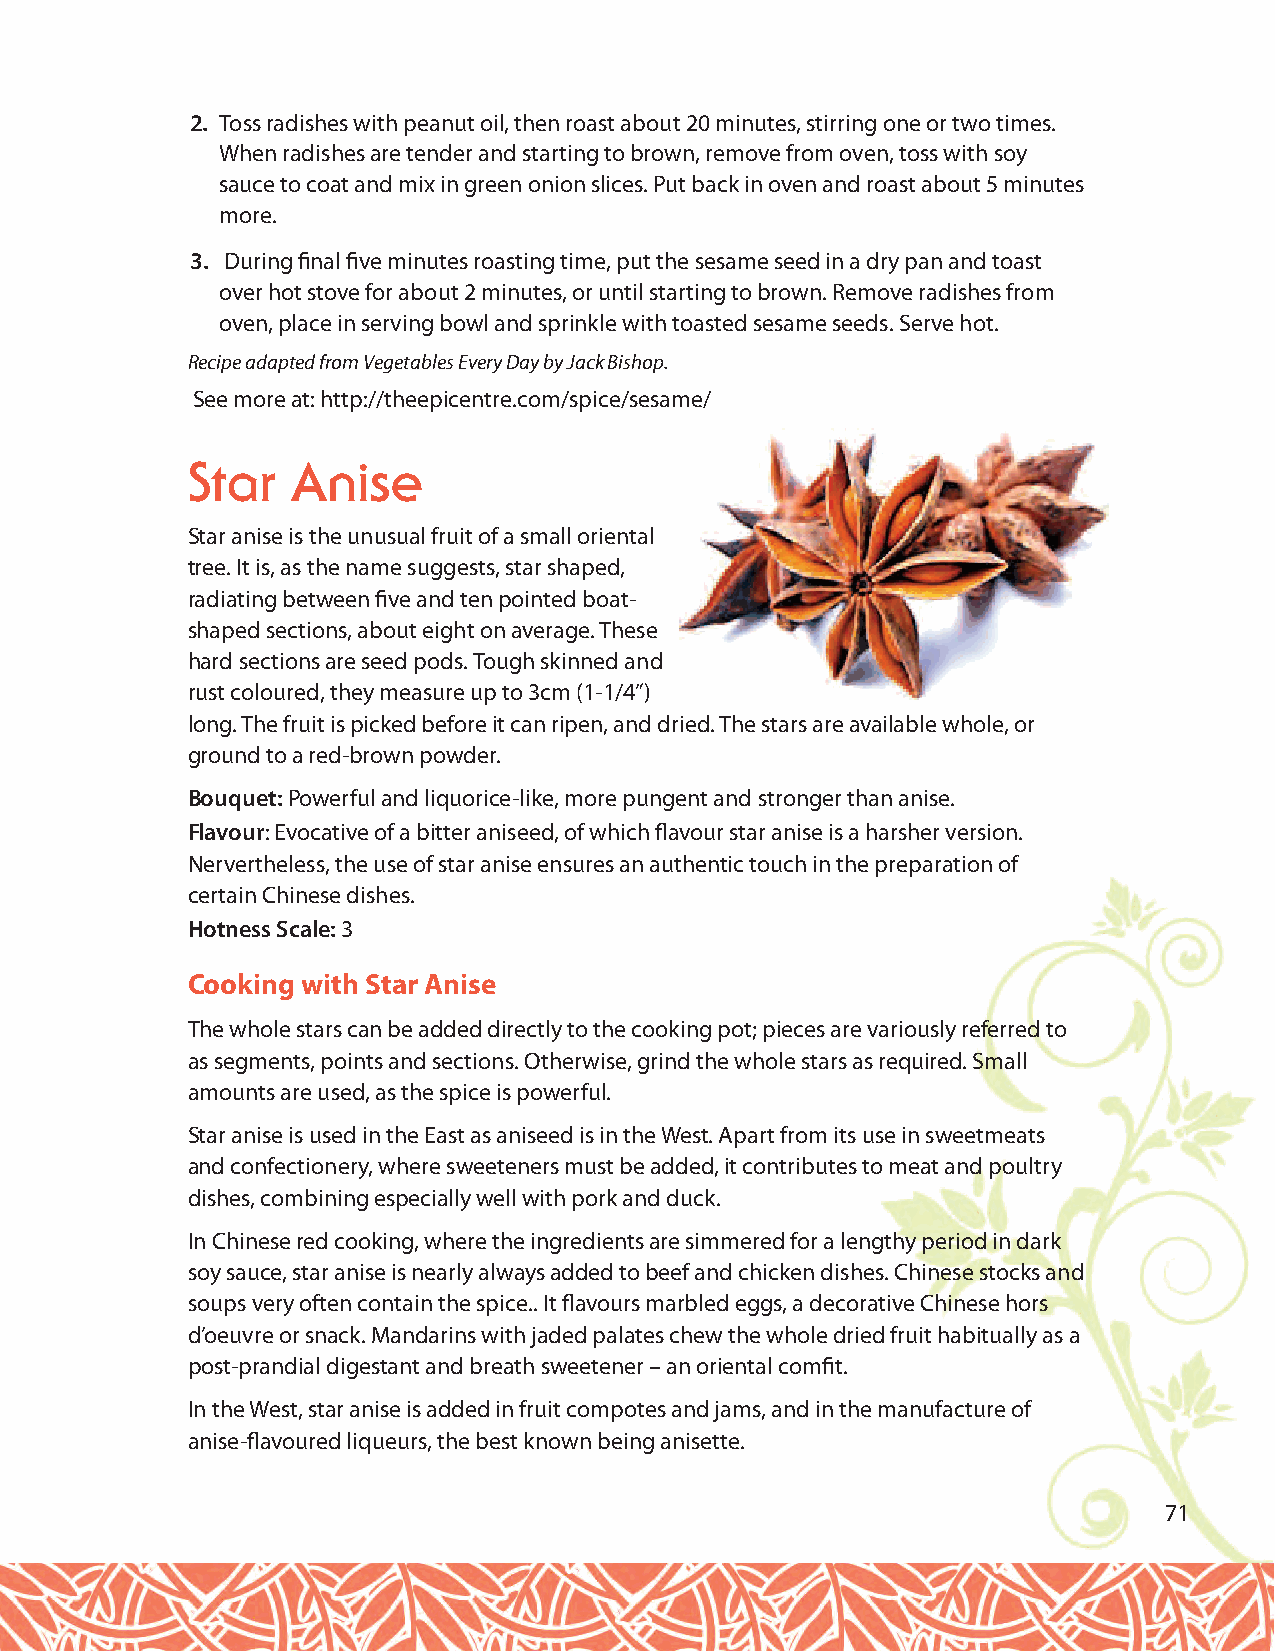
2. Toss radishes with peanut oil, then roast about 20 minutes, stirring one or two times.
 When radishes are tender and starting to brown, remove from oven, toss with soy
 sauce to coat and mix in green onion slices. Put back in oven and roast about 5 minutes
 more.
 3. During final five minutes roasting time, put the sesame seed in a dry pan and toast
 over hot stove for about 2 minutes, or until starting to brown. Remove radishes from
 oven, place in serving bowl and sprinkle with toasted sesame seeds. Serve hot.
 Recipe adapted from Vegetables Every Day by Jack Bishop.
 See more at: http://theepicentre.com/spice/sesame/
 Star   Anise
 Star anise is the unusual fruit of a small oriental
 tree. It is, as the name suggests, star shaped,
 radiating between five and ten pointed boat-
 shaped sections, about eight on average. These
 hard sections are seed pods. Tough skinned and
 rust coloured, they measure up to 3cm (1-1/4”)
 long. The fruit is picked before it can ripen, and dried. The stars are available whole, or
 ground to a red-brown powder.
 Bouquet:Powerful and liquorice-like, more pungent and stronger than anise.
 Flavour: Evocative of a bitter aniseed, of which flavour star anise is a harsher version.
 Nervertheless, the use of star anise ensures an authentic touch in the preparation of
 certain Chinese dishes.
 Hotness Scale: 3
 Cooking with Star Anise
 The whole stars can be added directly to the cooking pot; pieces are variously referred to
 as segments, points and sections. Otherwise, grind the whole stars as required. Small
 amounts are used, as the spice is powerful.
 Star anise is used in the East as aniseed is in the West. Apart from its use in sweetmeats
 and confectionery, where sweeteners must be added, it contributes to meat and poultry
 dishes, combining especially well with pork and duck.
 In Chinese red cooking, where the ingredients are simmered for a lengthy period in dark
 soy sauce, star anise is nearly always added to beef and chicken dishes. Chinese stocks and
 soups very often contain the spice.. It flavours marbled eggs, a decorative Chinese hors
 d’oeuvre or snack. Mandarins with jaded palates chew the whole dried fruit habitually as a
 post-prandial digestant and breath sweetener – an oriental comfit.
 In the West, star anise is added in fruit compotes and jams, and in the manufacture of
 anise-flavoured liqueurs, the best known being anisette.
 71